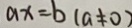
a x = b ( a \neq 0 )